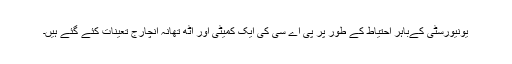
یونیورسٹی کےباہر احتیاط کے طور پر پی اے سی کی ایک کمیٹی اور آٹھ تھانہ انچارج تعینات کئے گئے ہیں۔